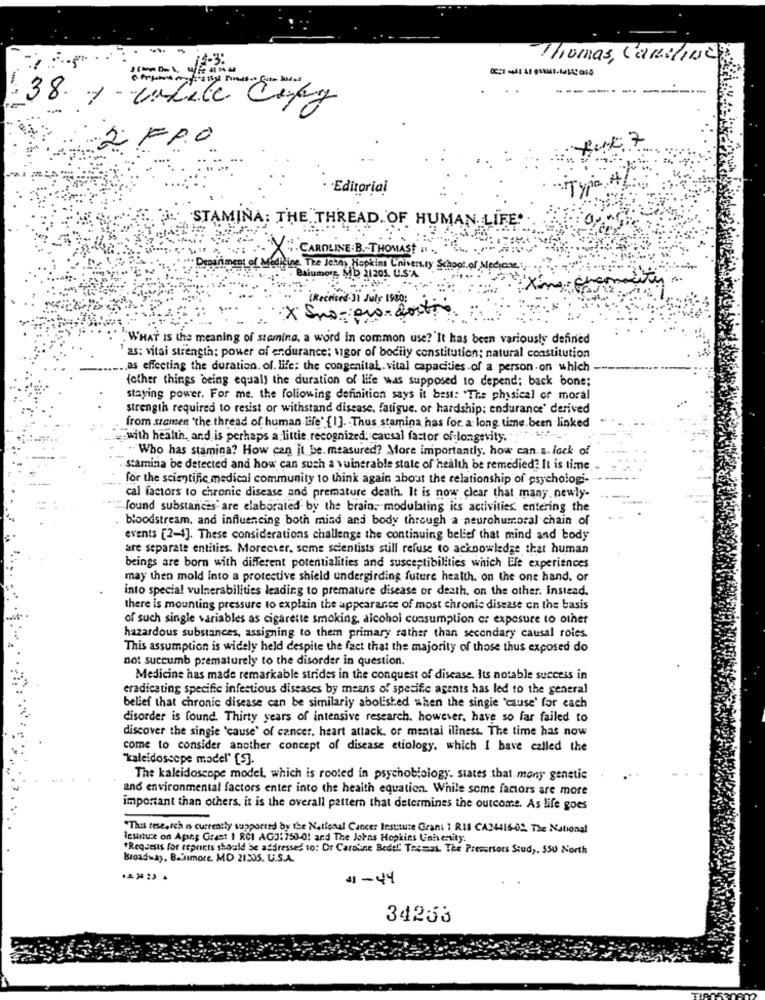
Thomas, Caroline
38 1 - codice Copy
FRO
-Editorial
STAMINA: THE THREAD. OF HUMAN LIFE.
.CAROLINE. B .- THOMAS
Keine The Jenny Hopkins University School of
leccar:
MD 21205. U.S.A
July 1980:
X Sno- or- cost
WHAT IS the meaning of stamina, a word in common use?'It has been variously defined
as: vitai strength: power of endurance; vigor of bodily constitution; natural constitution
... as effecting the duration. of. life: the congenital. vital capacities of a person-on which -
(other things being equal) the duration of life was supposed to depend; back bone;
staying power. For me. the following definition says it best: "The physical of moral
strength required to resist or withstand disease, fatigue, or hardship; endurance' derived
from stamen 'the thread of human life' {I]. Thus stamina has for a long time been linked
with health, and is perhaps a little recognized; causal factor of-longevity. ""
"Who has stamina? How can it be. measured? More importantly. how can a-lack of
stamina be detected and how can such a yuinerable state of health be remedied? It is time.
for the scientific medical community 10 think again about the relationship of psychologi-
cal factors to chronic disease and premature death. It is now clear that many, newly-
found substances are elaborated by the brain. modulating its activities entering the
bloodstream. and influencing both mind and body through a neurohumoral chain of
events [2-1]. These considerations challenge the continuing belief that mind and body
are separate entities. Morecter, some scientists still refuse to acknowledge that human
beings are born with different potentialities and susceptibilities which Ele experiences
may then mold into a protective shield undergirding future health. on the one hand. or
into special vulnerabilities leading to premature disease or death. on the other. Instead.
there is mounting pressure to explain the appearance of most chronic disease on the basis
of such single variables as cigarette smoking, alcohol consumption of exposure to other
hazardous substances, assigning to them primary rather than secondary causal roles.
This assumption is widely held despite the fact that the majority of those thus exposed do
not succumb prematurely to the disorder in question.
Medicine has made remarkable strides in the conquest of disease. Its notable success in
eradicating specific infectious diseases by means of specific agents has led to the general
belief that chronic disease can be similariy abolished when the single 'cause' for each
disorder is found. Thirty years of intensive research. however, have so far failed to
discover the single 'cause' of cancer. heart attack. of mental illness. The time has now
come to consider another concept of disease etiology, which I bave called the
"Kaleidoscope model" [5].
The kaleidoscope model, which is rooted in psychobiology. states that mony genetic
and environmental factors enter into the heaith equation. While some factors are more
important than others. it is the overall pattern that determines the outcome. As life goes
"This research is currently supported by the National Cancer Institute Grant 1 RIS CA24416-02 The National
Ichituse on Aping Grast I RCI AGO: 750-0! and The Johns Hopkins University.
*Requests for reprints should be addressed to: Or Caroline Bedel Tecmas. The Presursors Study. SSU North
Broadway, Bathmore. MD 21505. U.S.A.
#1-44
34253